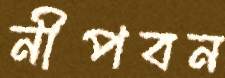
নীপবন